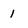
Character: 1